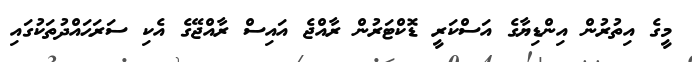
މީގެ އިތުރުން އިންޑިޔާގެ އަސްކަރީ ޑޮކްޓަރުން ރާއްޖެ އައިސް ރާއްޖޭގެ އެކި ސަރަޙައްދުތަކުގައި